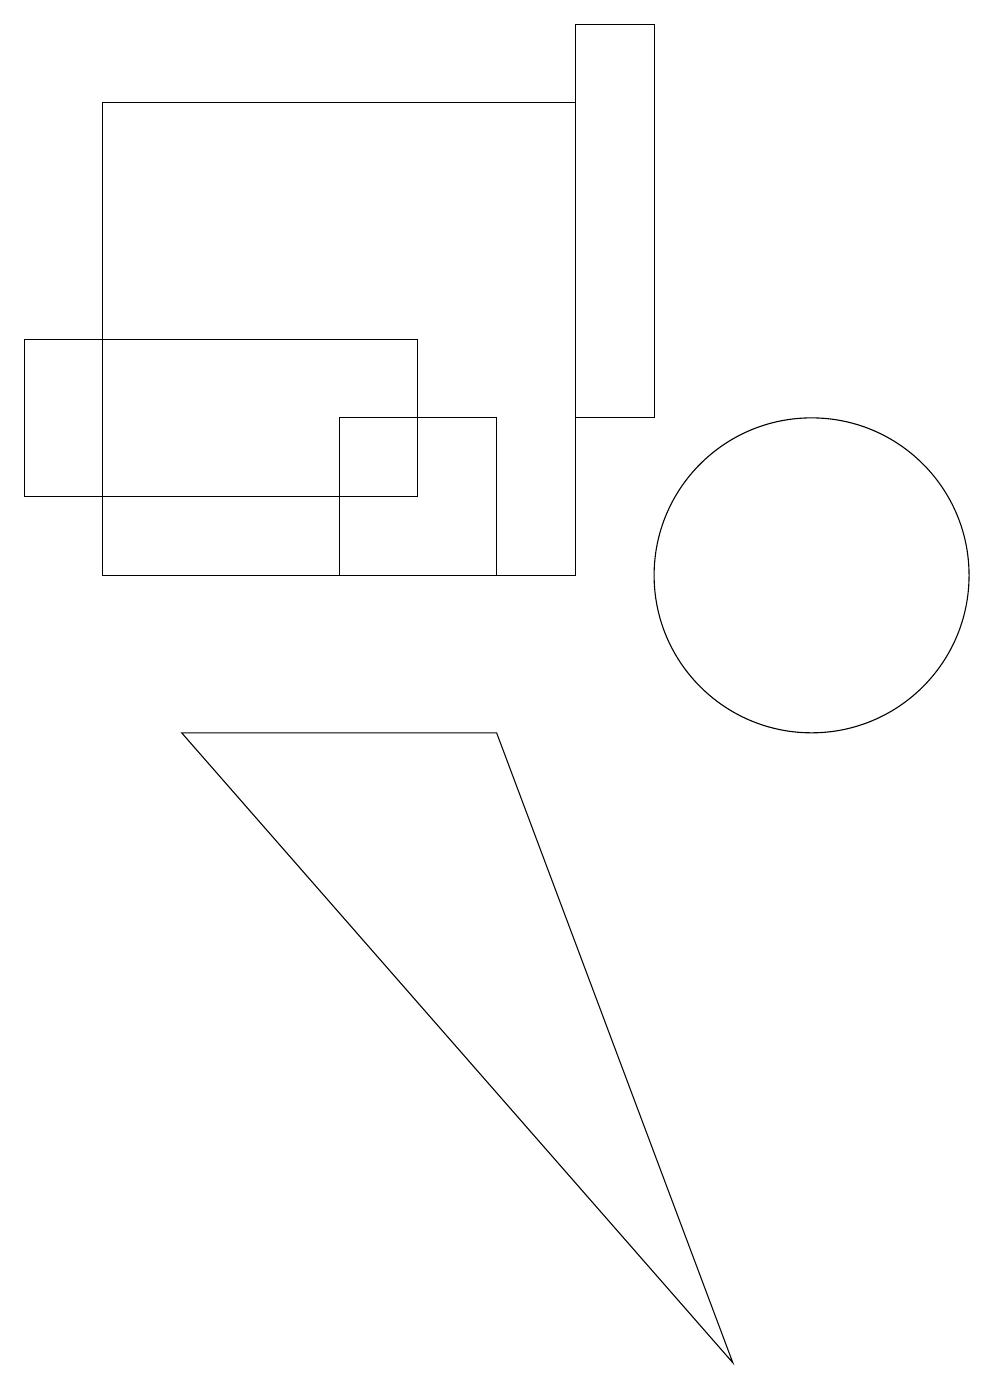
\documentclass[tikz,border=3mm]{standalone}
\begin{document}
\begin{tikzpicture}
\draw (5,11) rectangle (0,13);
\draw (10,10) circle (2);
\draw (8,17) rectangle (7,12);
\draw (4,10) rectangle (6,12);
\draw (7,10) rectangle (1,16);
\draw (6,8) -- (2,8) -- (9,0) -- cycle;
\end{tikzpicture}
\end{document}